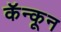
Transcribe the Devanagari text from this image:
कॅन्कून